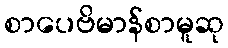
စာပေဗိမာန်စာမူဆု